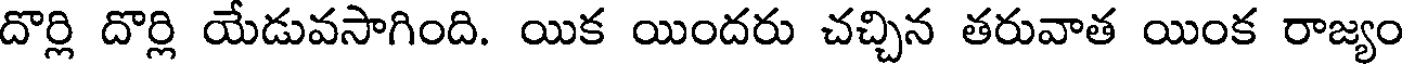
దొర్లి దొర్లి యేడువసాగింది. యిక యిందరు చచ్చిన తరువాత యింక రాజ్యం